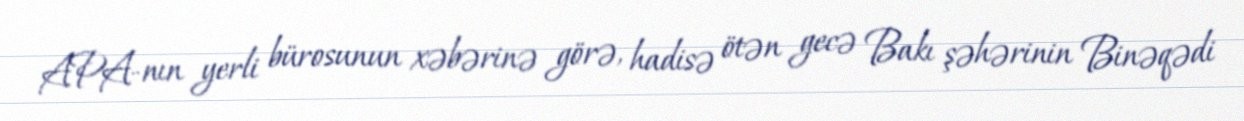
APA-nın yerli bürosunun xəbərinə görə, hadisə ötən gecə Bakı şəhərinin Binəqədi